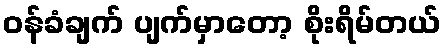
ဝန်ခံချက် ပျက်မှာတော့ စိုးရိမ်တယ်